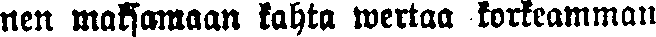
nen maksamaan kahta wertaa korkeamman